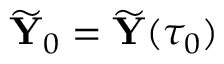
\widetilde { { \mathbf Y } } _ { 0 } = \widetilde { { \mathbf Y } } ( \tau _ { 0 } )